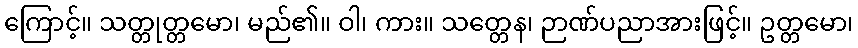
ကြောင့်။ သတ္တုတ္တမော၊ မည်၏။ ဝါ၊ ကား။ သတ္တေန၊ ဉာဏ်ပညာအားဖြင့်။ ဥတ္တမော၊